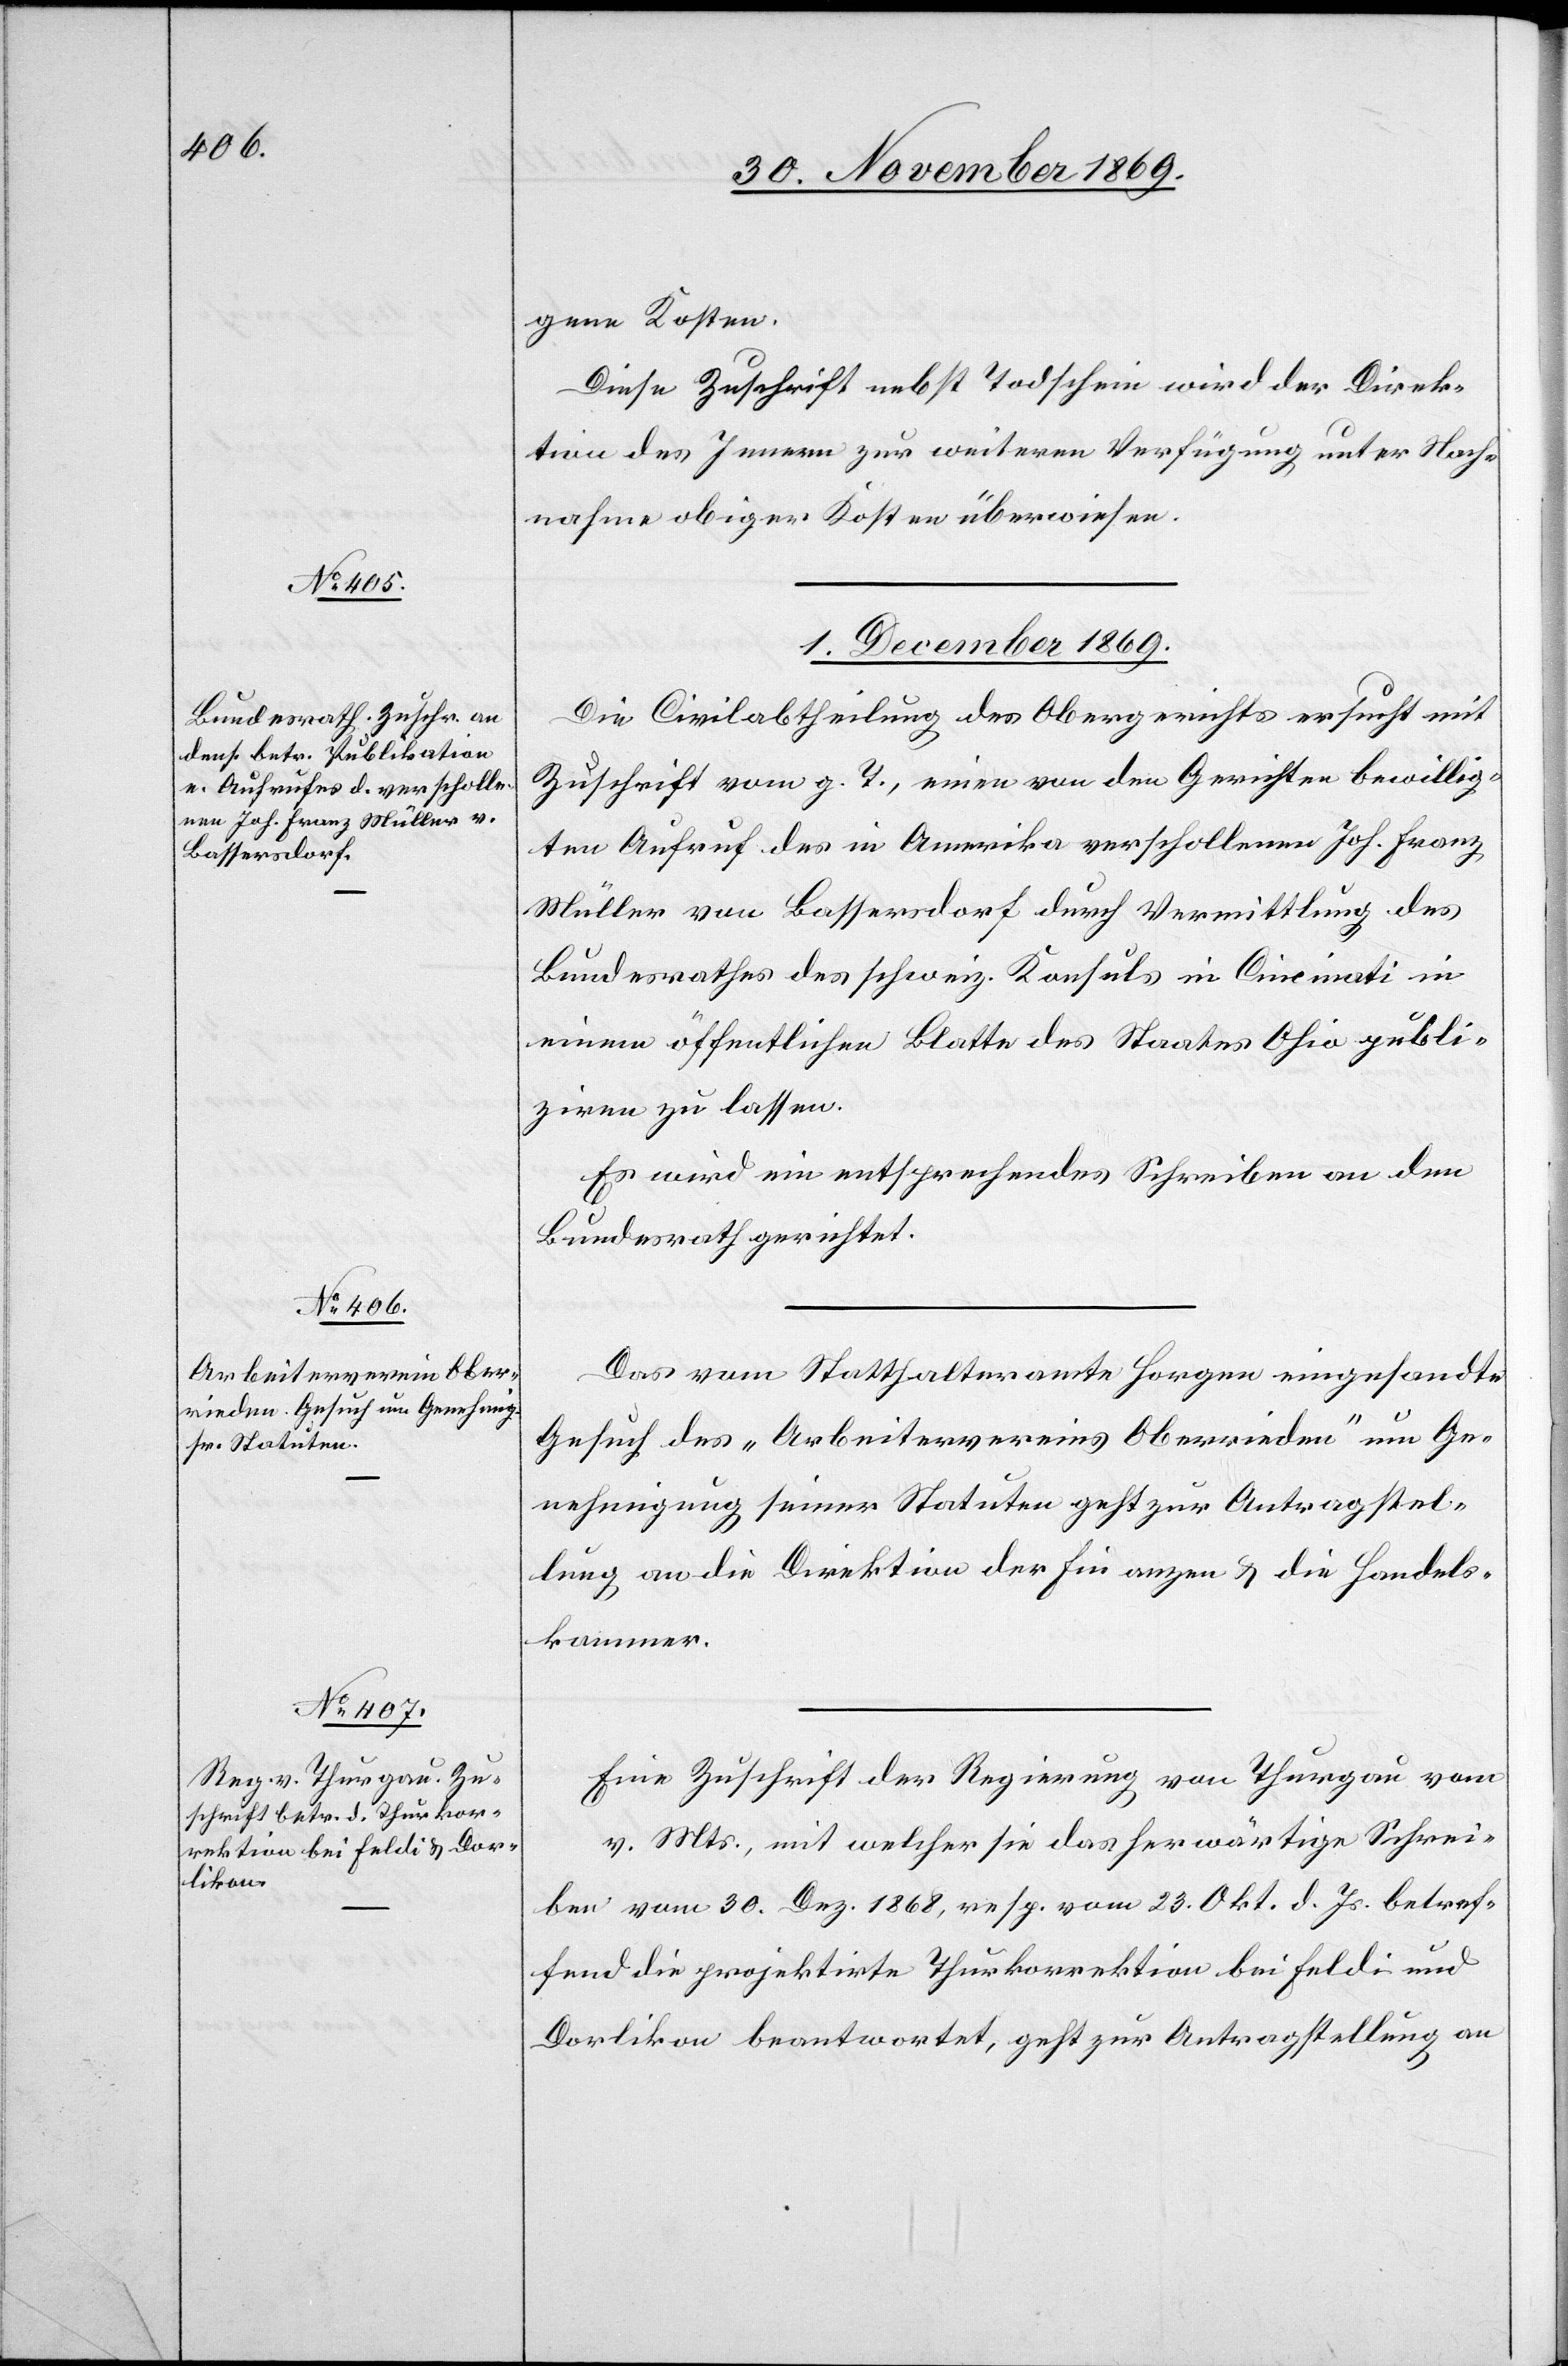
gene Kosten.
Diese Zuschrift nebst Todschein wird der Direk¬
tion des Innern zur weiteren Verfügung unter Nach¬
nahme obiger Kosten überwiesen.
1. December 1869.]
Die Civilabtheilung des Obergerichts ersucht mit
Zuschrift vom g. T., einen von den Gerichten bewillig¬
ten Aufruf des in Amerika verschollenen Joh. Franz
Müller von Bassersdorf durch Vermittlung des
Bundesrathes des schweiz. Konsuls in Cincinati in
einem öffentlichen Blatte des Staates Ohio publi¬
ziren zu lassen.
Es wird ein entsprechendes Schreiben an den
Bundesrath gerichtet.
Das vom Statthalteramte Horgen eingesandte
Gesuch des „Arbeitervereins Oberrieden“ um Ge¬
nehmigung seiner Statuten geht zur Antragstel¬
lung an die Direktion der Finanzen & die Handels¬
kammer.
Eine Zuschrift der Regierung von Thurgau vom
v. Mts., mit welcher sie das herwärtige Schrei¬
ben vom 30. Dez. 1868, resp. vom 23. Okt. d. Js. betref¬
fend die projektirte Thurkorrektion bei Feldi und
Dorlikon beantwortet, geht zur Antragstellung an